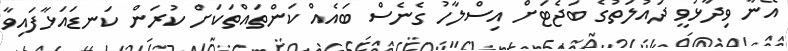
އޭނާ ވިދާޅުވީ ދައުލަތުގެ ބަޖެޓަށް އިސްލާހު ގެނެސް ބައެއް ކަންތައްތަކަށް ކުރަން ކަނޑައަޅާފައިވާ